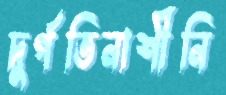
দুর্গতিনাশীনি